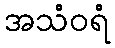
အသံဝရံ